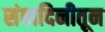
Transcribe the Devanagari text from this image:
संवादिनीतून